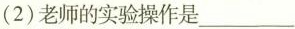
(2)老师的实验操作是___